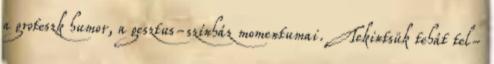
a groteszk humor, a gesztus-színház momentumai. Tekintsük tehát tel-